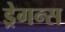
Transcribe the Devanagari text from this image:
ड्रेगन्स